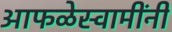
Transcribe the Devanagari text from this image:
आफळेस्वामींनी